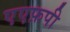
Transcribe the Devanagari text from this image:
एएफ़पी